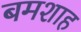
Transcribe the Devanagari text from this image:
बमशाह